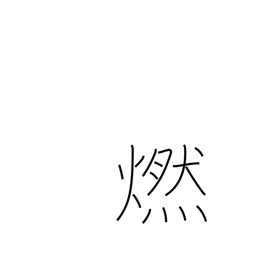
Meaning: glow